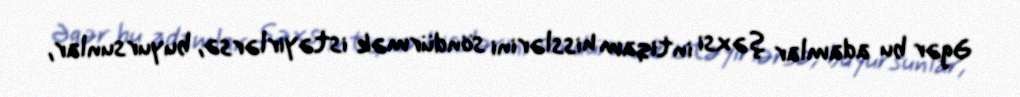
Əgər bu adamlar şəxsi intiqam hisslərini söndürmək istəyirlərsə, buyursunlar,